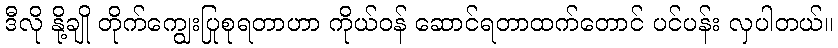
ဒီလို နို့ချို တိုက်ကျွေးပြုစုရတာဟာ ကိုယ်ဝန် ဆောင်ရတာထက်တောင် ပင်ပန်း လှပါတယ်။